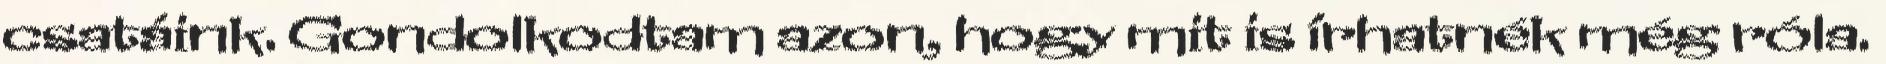
csatáink. Gondolkodtam azon, hogy mit is írhatnék még róla.